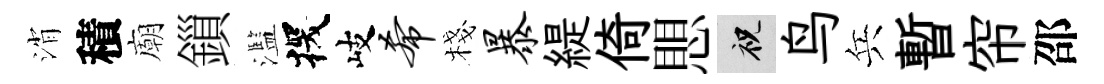
消積廟鎻濫探岐希棧暴緹倚愳祝鸟兵暫帘邵